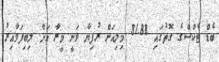
ބެޑް ޓެކްސްގެ ގޮތުގައި 81.88 މިލިއަން ރުފިޔާ ވަނީ މީރާ އަށް ލިބިފަވާއިރު